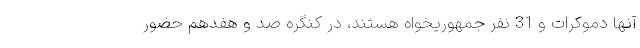
آنها دموکرات و 31 نفر جمهوریخواه هستند، در کنگره صد و هفدهم حضور